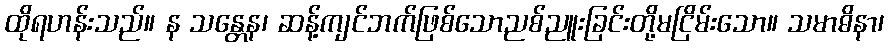
ထိုရဟန်းသည်။ န သန္တေန၊ ဆန့်ကျင်ဘက်ဖြစ်သောညစ်ညူးခြင်းတို့မငြိမ်းသော။ သမာဓိနာ၊